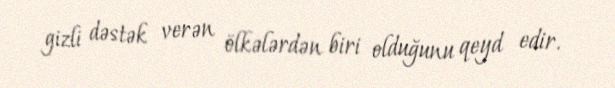
gizli dəstək verən ölkələrdən biri olduğunu qeyd edir.